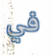
في